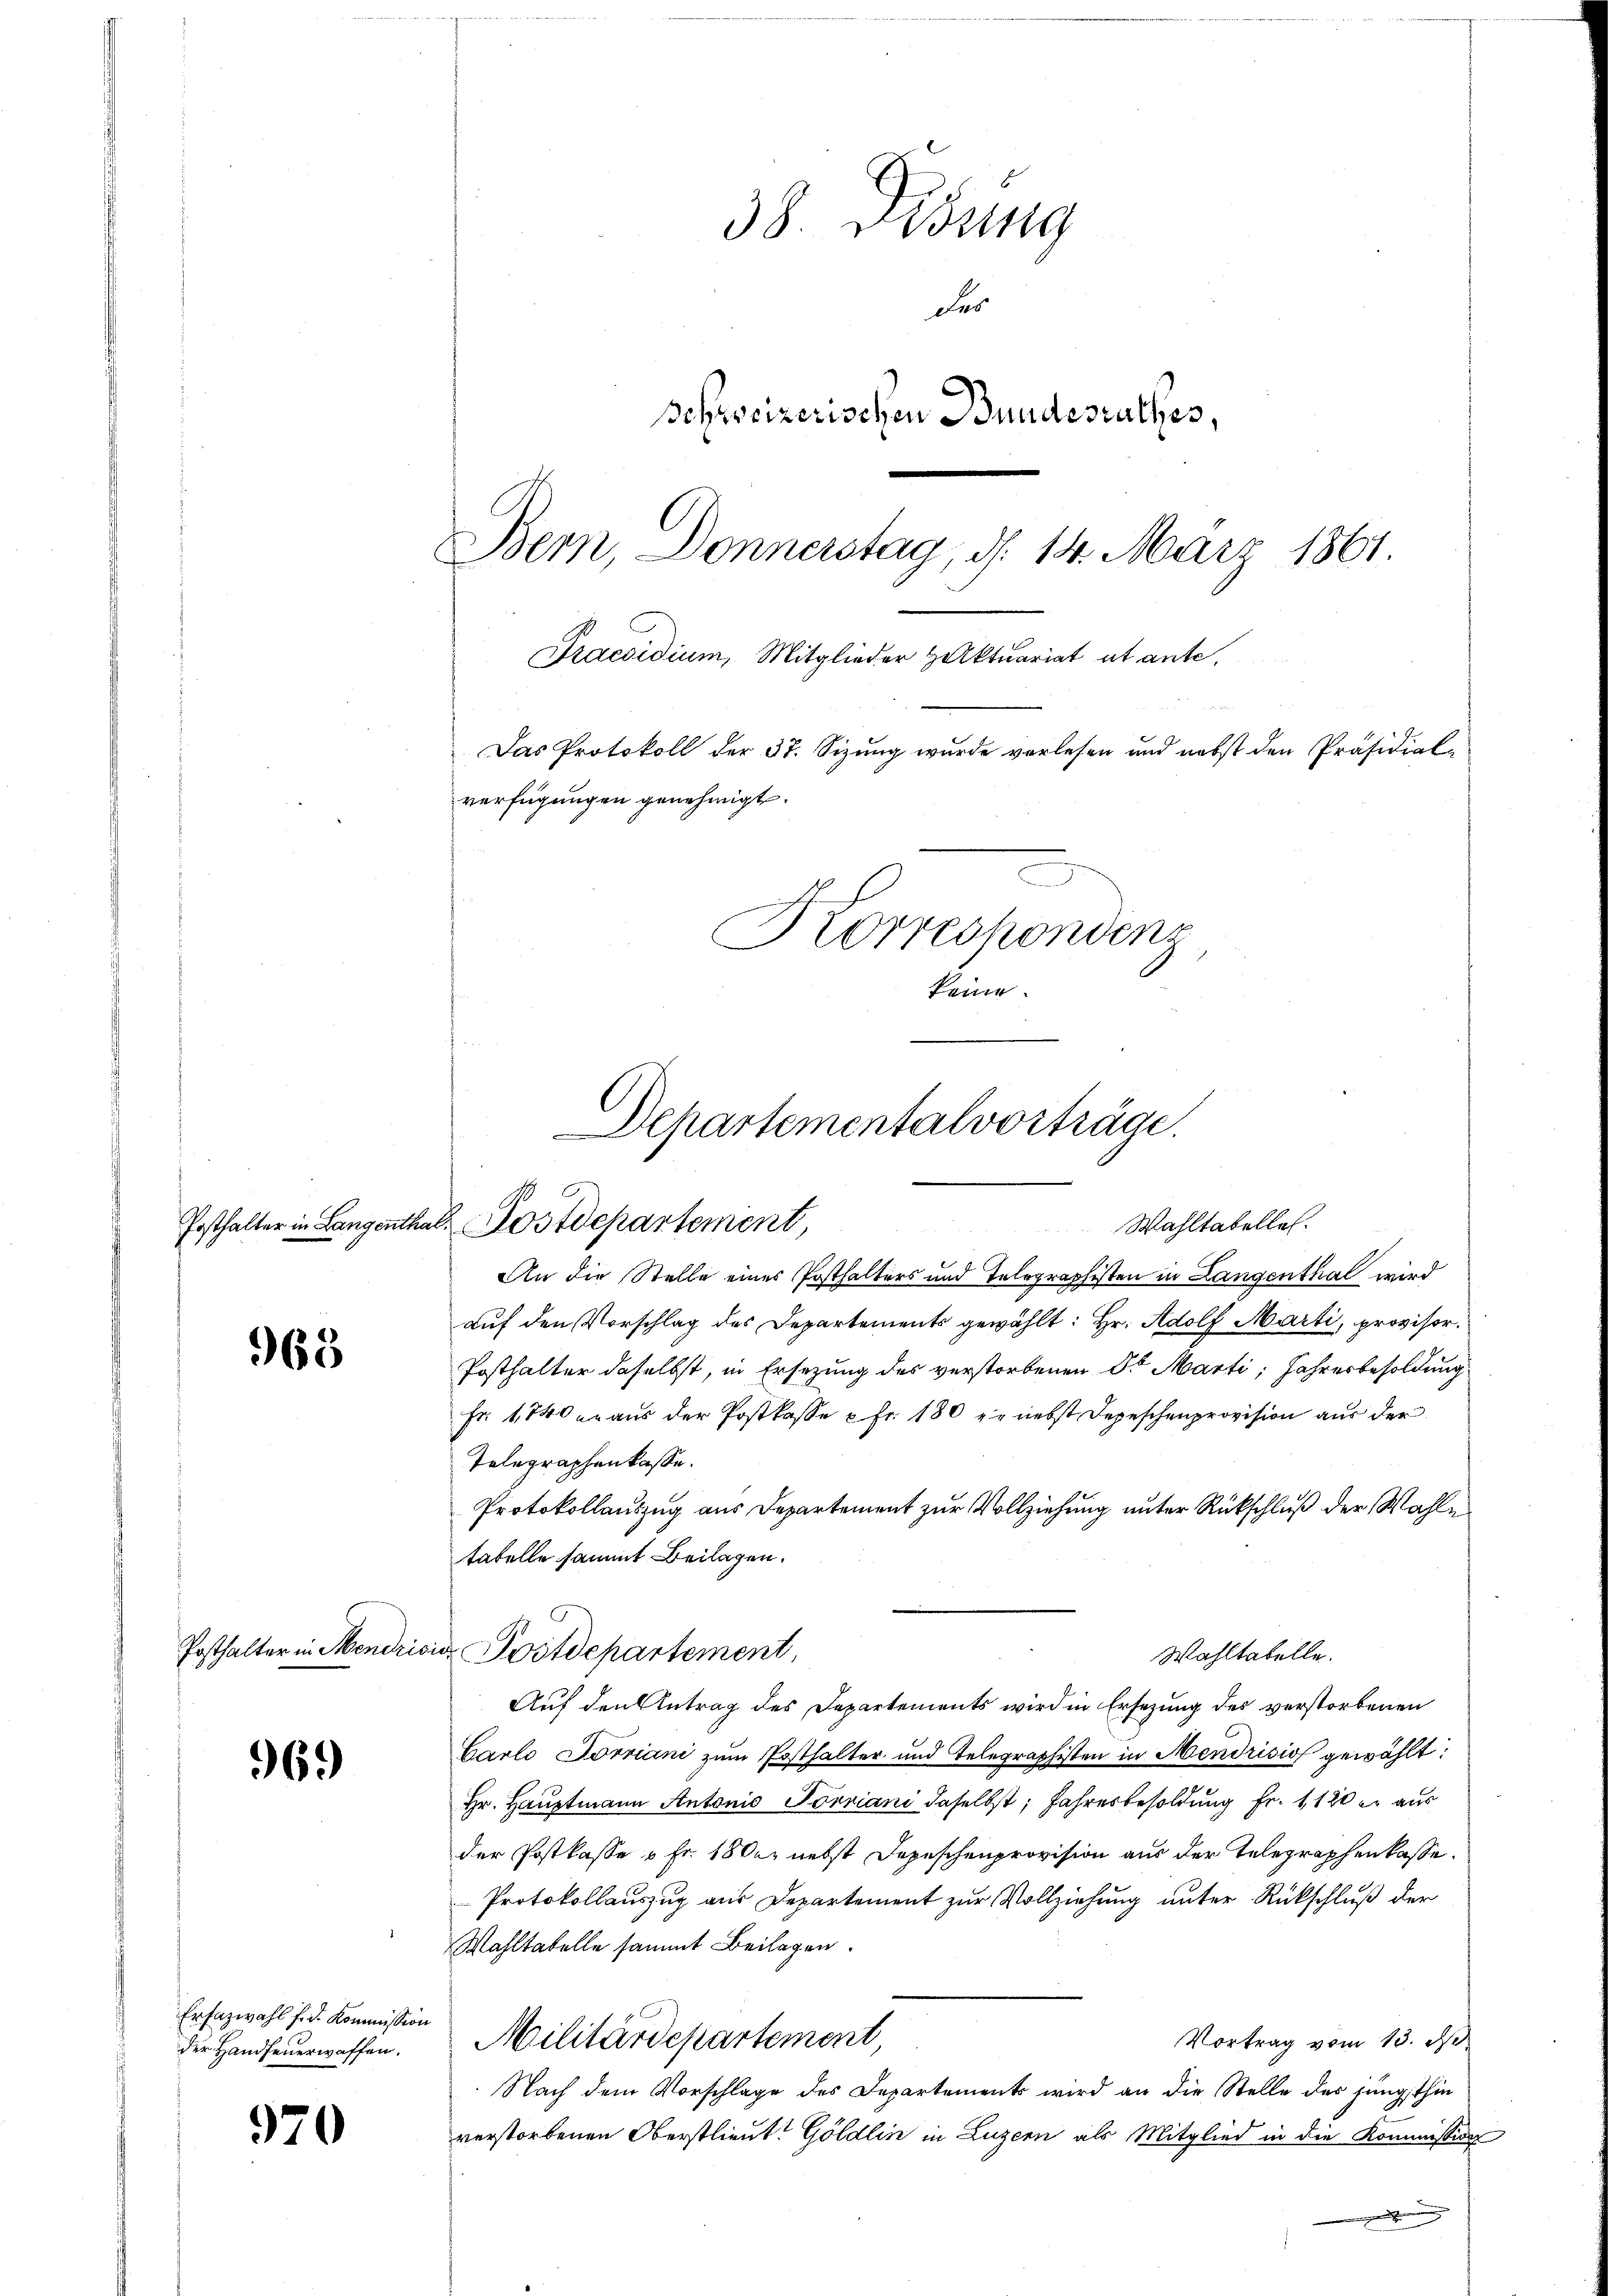
963

96.)

Erfazwahl f. d. Kommission
der Handfeuerwaffen.

970

38. Dessing
des
Schweizerischen Bundesrathes,
Bern, Donnerstag, d. 14. März 1861.
Praesidium, Mitglieder Haktuariat et ante.
Das Protokoll der 37. Sizung wurde verlesen und nebst den Präsidial-
verfügungen genehmigt.
Korrespondenz
keine

Departemental vorträge.
Posthalter in Langenthal, Postdepartement,
Wahltatelles.

An die Stelle eines Posthalters und Telegraphisten in Langenthal wird
auf den Vorschlag des Departements gewählt: Hr. Adolf Marti, provisor¬
Posthalter daselbst, in Ersezung des verstorbenen Dr Marti; Jahresbesoldung
Fr. 1740 er aus der Postkasse u. fr. 180 zu nebst Depeschenprovision aus der
Telegraphenkasse.
Protokollauszug aus Departement zur Vollziehung unter Rückschluß der Wahle
tabelle sammt Beilagen.
Posthalter in Mendricier Postdepartement,
Wahltatelle.
Auf den Antrag des Departements wird in Ersezung des verstorbenen
Garlo Forriani zum Posthalter und Telegraphisten in Mendrisios gewählt:
Hr. Hauptmann Antonis Torniani daselbst, Jahresbesoldung Fr. 1120 l. aus
der Postkasse u Fr. 1800. nebst Depeschenprovision aus der Telegraphenkasse.
Protokollauszug aus Departement zur Vollziehung unter Rückschluß der
Wahltatelle sammt Beilagen.
Militärdepartement
Vortrag vom 13. d.
Nach dem Vorschlage des Departements wird an die Stelle des jüngsthin
verstorbenen Oberstlieut. Göldlin in Luzern als Mitglied in die Kommission
e